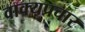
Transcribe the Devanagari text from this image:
वाक्यप्रचार